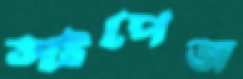
স্টপেজ